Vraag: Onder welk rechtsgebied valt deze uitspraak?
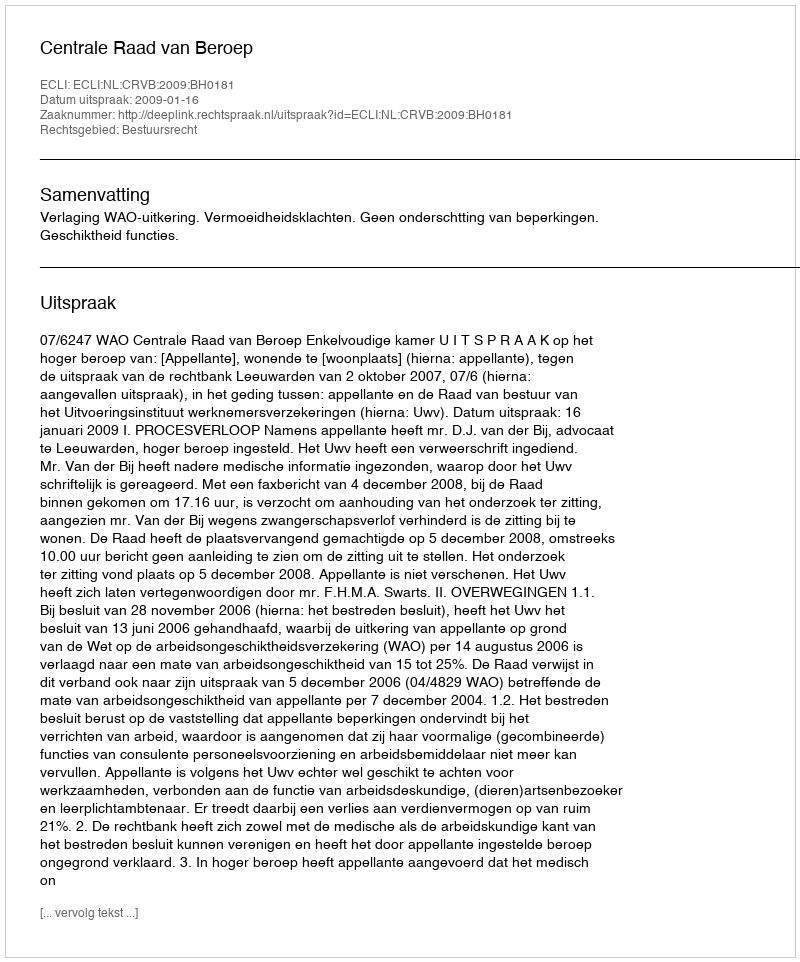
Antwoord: Bestuursrecht